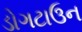
ડોગટાઉન